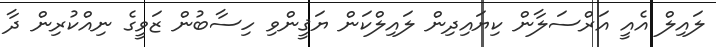
ލައިލް އެއީ އަރްސަލާން ކިޔައިދިން ލައިލްކަން ޔަޤީންވި ހިސާބުން ޒަވީގެ ނިއްކުރިން ދާ